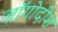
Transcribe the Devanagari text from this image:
जॉगोदीश